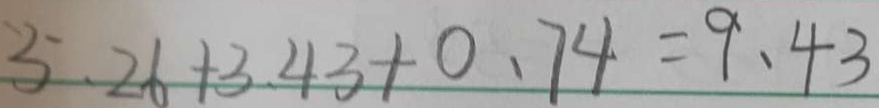
5 . 2 6 + 3 . 4 3 + 0 . 7 4 = 9 . 4 3